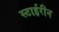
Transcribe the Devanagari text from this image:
स्टाईरीन